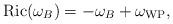
LaTeX: \begin{align*} \textrm{Ric}(\omega_B) = -\omega_B + \omega_{\textrm{WP}},\end{align*}